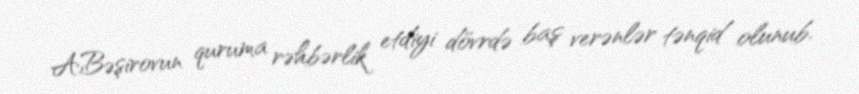
A.Bəşirovun quruma rəhbərlik etdiyi dövrdə baş verənlər tənqid olunub.